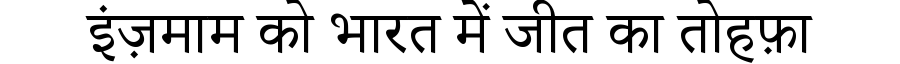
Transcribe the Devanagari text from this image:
इंज़माम को भारत में जीत का तोहफ़ा